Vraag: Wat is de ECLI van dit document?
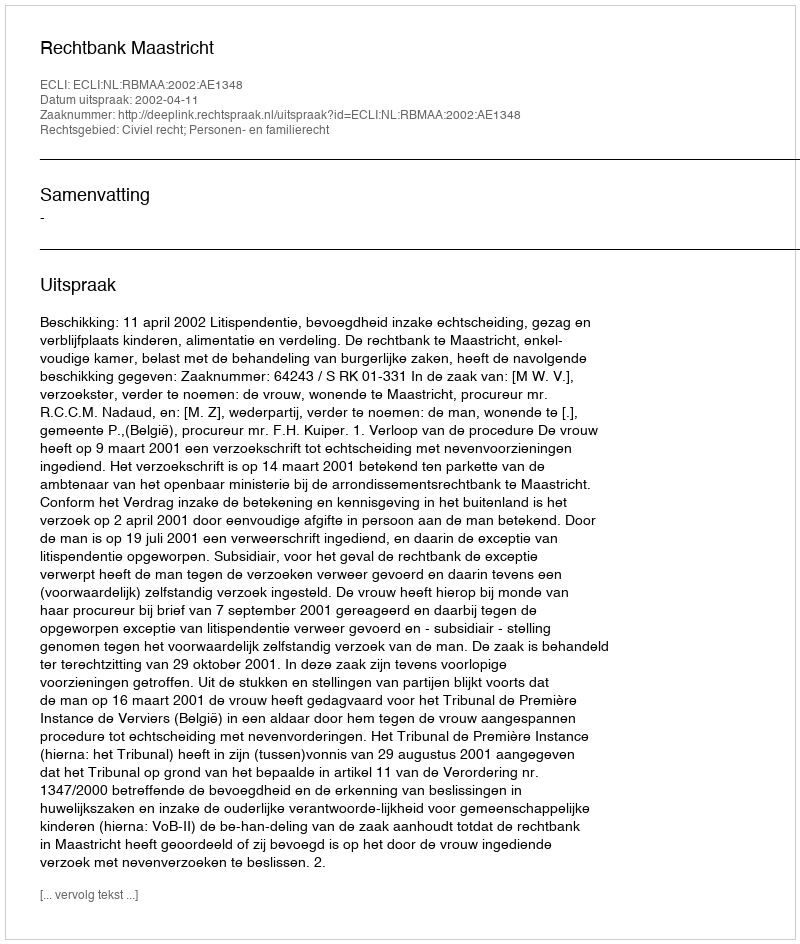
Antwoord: ECLI:NL:RBMAA:2002:AE1348